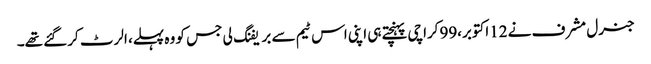
جنرل مشرف نے 12اکتوبر،99کراچی پہنچتے ہی اپنی اس ٹیم سے بریفنگ لی جس کو وہ پہلے، الرٹ کرگئے تھے۔